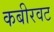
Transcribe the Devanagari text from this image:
कबीरवट